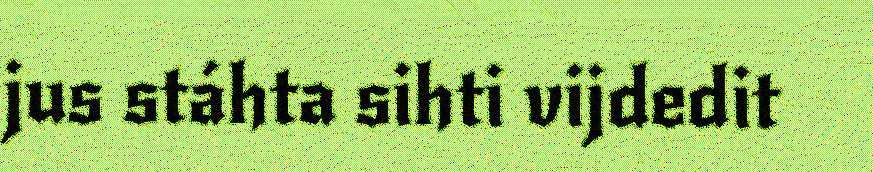
jus stáhta sihti vijdedit